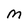
Character: M